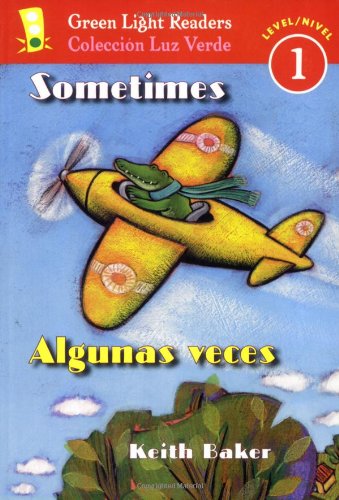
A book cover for Sometimes/Algunas veces (Green Light Readers Level 1) (Spanish and English Edition); Keith Baker; Children's Books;